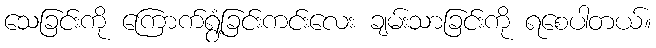
သေခြင်းကို ကြောက်ရွံ့ခြင်းကင်းလေး ချမ်းသာခြင်းကို ရစေပါတယ်။